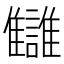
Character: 讎